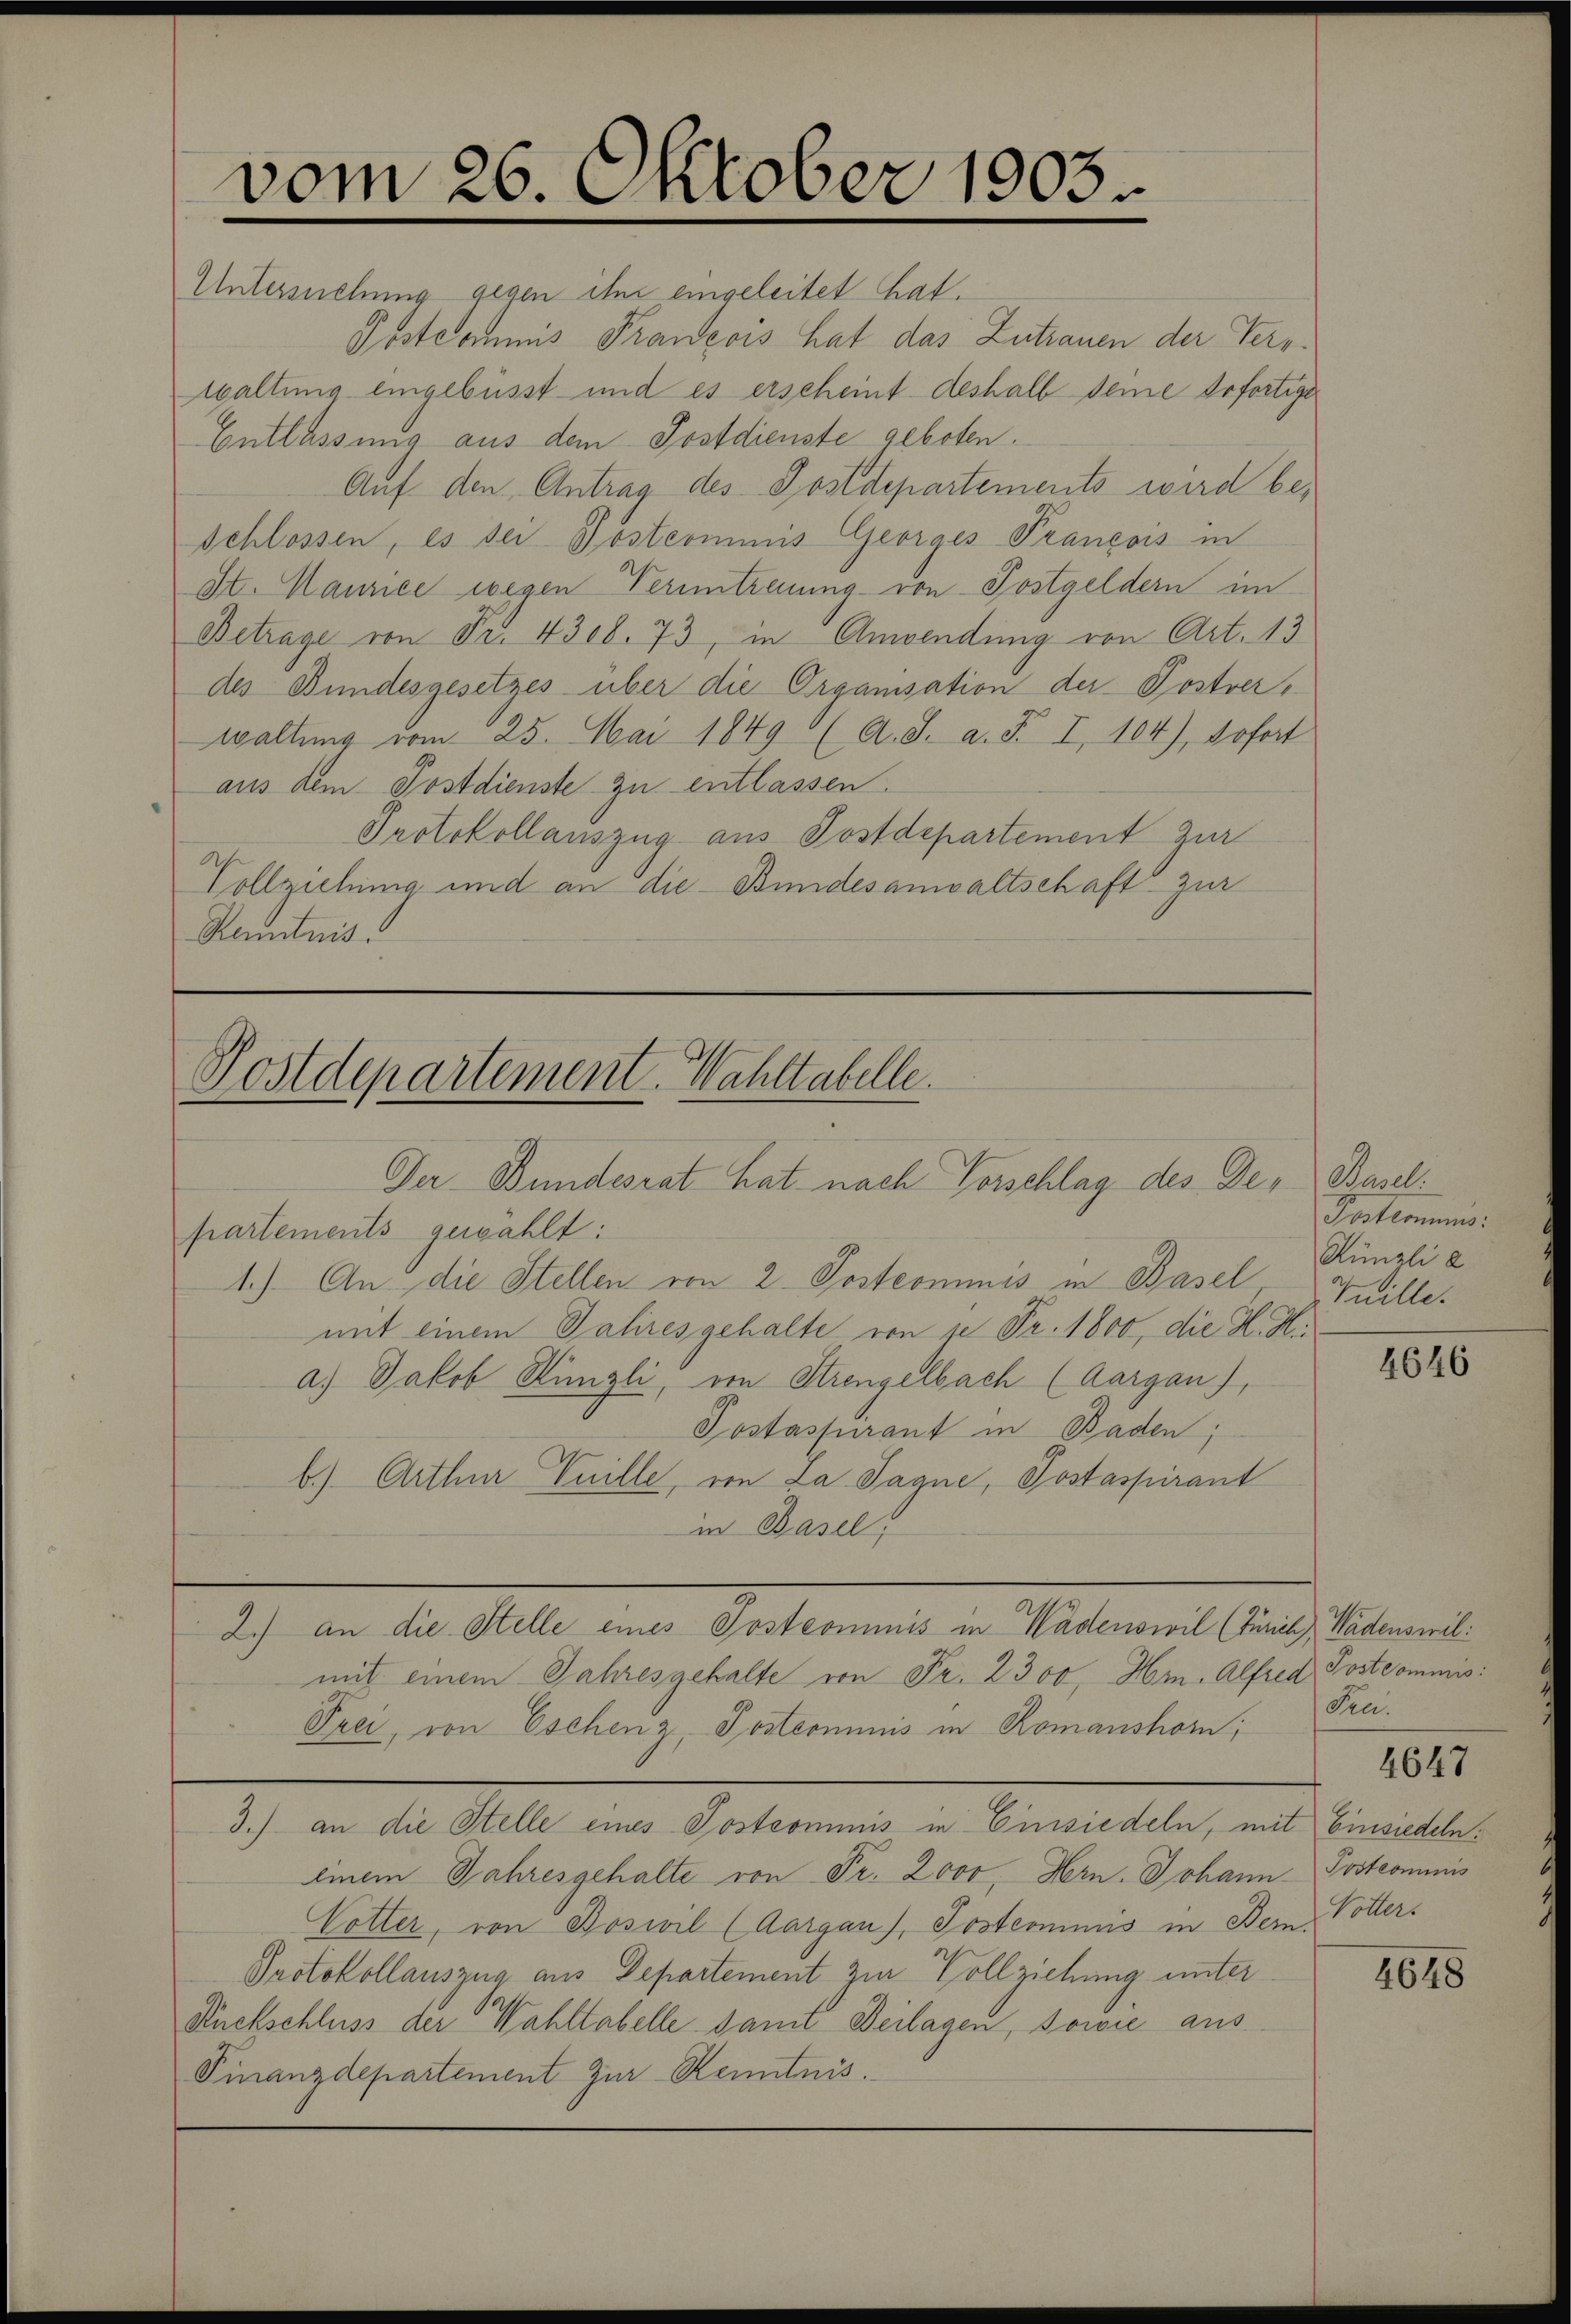
Postcommis Francois hat das Zutrauen der Verrwaltung eingebüsst und es erscheint deshalb deine erfortige
Entlassung aus dem Postdienste geboten.
Auf den Antrag des Postdepartements wird be¬
Schlossen, es sei Pöstcominis Georges Prancois in
St. Maurice wegen Vertreuung von Postgeldern im
Betrage von Fr. 4308. 73, in Anwendung von Art. 13
des Bundesgesetzes über die Organisation der Postverwaltung vom 25. Mai 1849 (A. S. a. F. I, 104), sofort
aus dem Postdienste zu entlassen.
Protokollauszug aus Postdepartement zur
Vollziehung und an die Bundesanwaltschaft zur
Renntnis

vom 26. Oktober 1903.
Untermehung gegen ihm eingeleitet hat.

Postdepartement. Wahltabelle.
Der Bundesrat hat nach Vorschlag des Der Basel.

partements gewählt:
1.) An die Stellen von 2 Postcommis in Basel
mit einem Saliresgehalte von 10 Fr. 1800, die H. H.
a) Jakob Künzli, von Strengelbach (Aargau),
Postassurant in Baden;
b.) Arthur Vuille, von La Sagne, Postaspirant
in Basel
mit einem Jahresgehalte von Fr. 2300, Hr. Alfred Postcommis
Trei, von Eschenz, Postcommis in Romanshorn,
3.) an die Stelle eines Postcommis in Einsiedeln, mit Einsiedeln:
einem Jahresgehalte von Fr. 2000, Hrn. Johann Postcommis
Votter, von Boswil (Aargau), Postcommis in Bern, Vötters
Protokollauszua aus Departement zur Vollziehung unter
Ruckschluss der Wahltabelle damit Beilagen, sowie aus
Finanzdepartement zur Kenntnis.

2.) an die Stelle eines Postcommis in Wädenswil (Zürich, Wädenswil:

Postcomunis:
Künzli a
Tnille.

4646

dre.

4647

4648